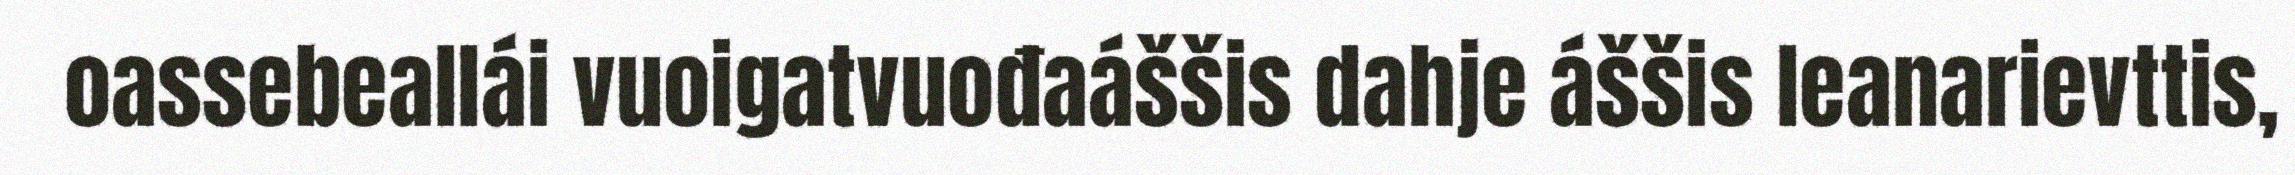
oassebeallái vuoigatvuođaáššis dahje áššis leanarievttis,